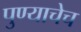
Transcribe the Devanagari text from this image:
पुण्याचेच